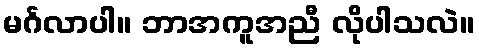
မင်္ဂလာပါ။ ဘာအကူအညီ လိုပါသလဲ။